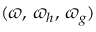
( \varpi , \, \varpi _ { h } , \, \varpi _ { g } )